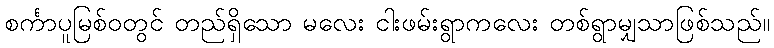
စင်္ကာပူမြစ်ဝတွင် တည်ရှိသော မလေး ငါးဖမ်းရွာကလေး တစ်ရွာမျှသာဖြစ်သည်။